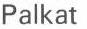
Palkat